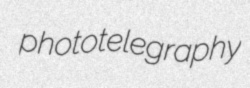
phototelegraphy